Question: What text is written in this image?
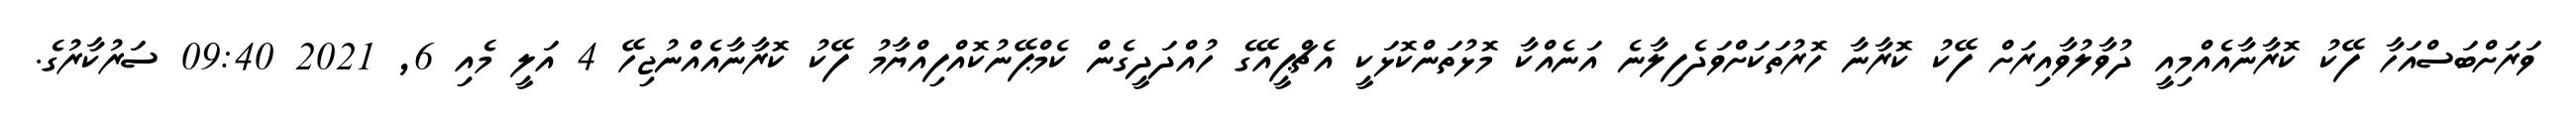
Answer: ވަރަށްބަސްއަހާ ފޭކު ކޮރާނާއެއްމިއީ ދުވާލުވާއިރަށް ފޭކު ކޮރާނާ ހޮރުތަކަށްވަދެފިލާނެ އަނެއްކާ މޮޅުތަންކޮޅަކީ އެޗްޕީއޭގެ ހުއްދަދީގެން ކެމްޕޭނުކޮއްފިއްޔާމު ފޭކު ކޮރާނާއެއްނުޖިހޭ 4 އަލީ މެއި 6, 2021 09:40 ސަރުކާރުގެ.